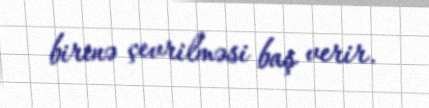
birinə çevrilməsi baş verir.